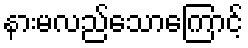
နားမလည်သောကြောင့်